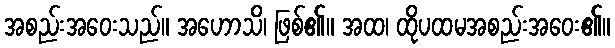
အစည်းအဝေးသည်။ အဟောသိ၊ ဖြစ်၏။ အထ၊ ထိုပထမအစည်းအဝေး၏။